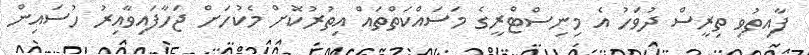
ފާއިތުވި ތިރީސް ދުވަހު އެ މިނިސްޓްރީގެ މަސައްކަތްތައް އިތުރުކޮށް މެކުހަށް ޖަހާފައިވާއިރު ހުސައިން